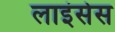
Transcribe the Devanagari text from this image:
लाइंसेस